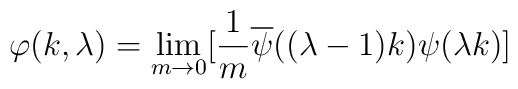
\varphi (k,\lambda) = \lim_{m\rightarrow 0}[{1\over m} \overline\psi ((\lambda -1) k) \psi (\lambda k) ]\,\,